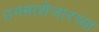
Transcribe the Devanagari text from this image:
उगमाशेजारच्या